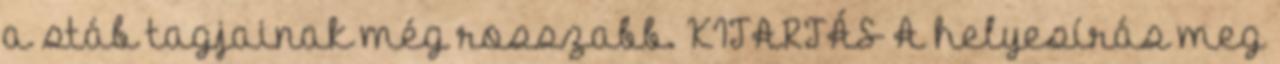
a stáb tagjainak még rosszabb. KITARTÁS A helyesí­rás meg